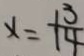
x = \frac { 1 3 } { 1 4 }